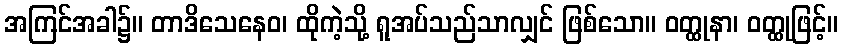
အကြင်အခါ၌။ တာဒိသေနေဝ၊ ထိုကဲ့သို့ ရူအပ်သည်သာလျှင် ဖြစ်သော။ ဝတ္ထုနာ၊ ဝတ္ထုဖြင့်။